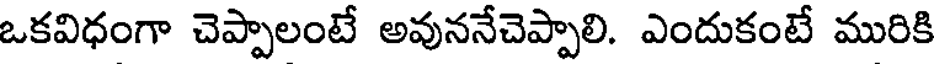
ఒకవిధంగా చెప్పాలంటే అవుననేచెప్పాలి. ఎందుకంటే మురికి